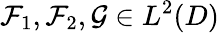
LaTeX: \mathcal{F}_{1},\mathcal{F}_{2},\mathcal{G}\in L^{2}(D)